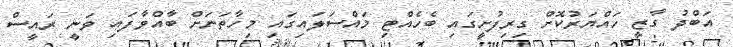
އަބްދު ގާޒީ ހައްޔަރުކޮށް ގިރިފުށީގައި ބެހެއްޓި މައްސަލައިގައި މިހާތަނަށް ބާއްވާފައި ވަނީ ރައީސް